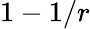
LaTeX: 1-1/r